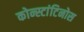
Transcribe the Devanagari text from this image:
कोन्स्टांटिनोस